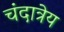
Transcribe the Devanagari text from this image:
चंदात्रेय